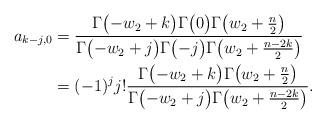
LaTeX: \begin{align*} a_{k-j,0} & = \frac{\Gamma\bigl(-w_2+k\bigr)\Gamma\bigl(0\bigr)\Gamma\bigl(w_2+\frac{n}{2}\bigr)}{\Gamma\bigl(-w_2+j\bigr)\Gamma\bigl(-j\bigr)\Gamma\bigl(w_2+\frac{n-2k}{2}\bigr)} \\ & = (-1)^jj!\frac{\Gamma\bigl(-w_2+k\bigr)\Gamma\bigl(w_2+\frac{n}{2}\bigr)}{\Gamma\bigl(-w_2+j\bigr)\Gamma\bigl(w_2+\frac{n-2k}{2}\bigr)} . \end{align*}